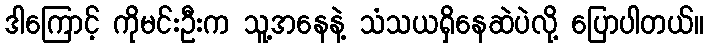
ဒါကြောင့် ကိုမင်းဦးက သူ့အနေနဲ့ သံသယရှိနေဆဲပဲလို့ ပြောပါတယ်။